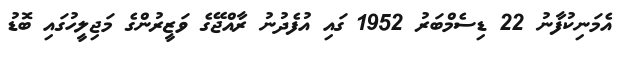
އެމަނިކުފާނު 22 ޑިސެމްބަރު 1952 ގައި އުފެދުނު ރާއްޖޭގެ ވަޒީރުންގެ މަޖިލީހުގައި ބޮޑު